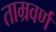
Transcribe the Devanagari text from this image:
ताम्रवर्ण